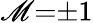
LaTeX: \mathscr{M}{=}{\pm}1